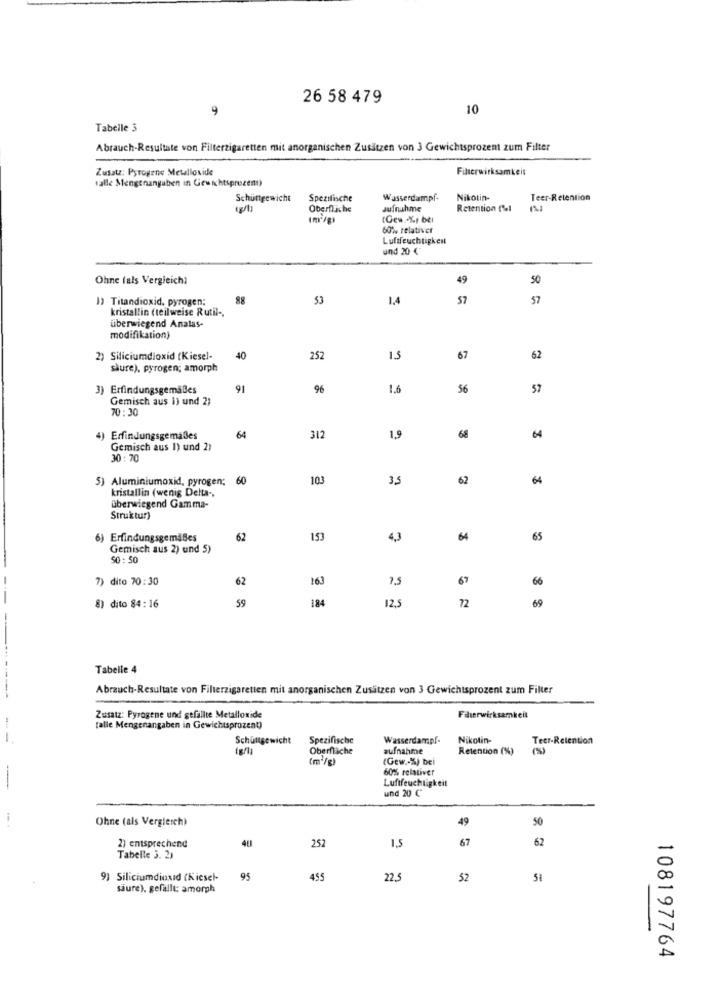
26 58 479
9
10
Tabelle 3
Abrauch-Resultate von Filterzigaretten mit anorganischen Zusätzen von 3 Gewichtsprozent zum Filter
Zusatz: Pyrogene Metallovide
Filterwirksamkeit
salle Mengenangaben in Gewichtsprozent)
Schüttgewicht
Spezifische
Wasserdampf-
Nikotin-
Teer-Retention
Oberfläche
Jufnuhme
Retention (%1
60% relativer
Luftfeuchtigkeit
und 20 ("
Ohne fals Vergleich)
49
50
I> Titandioxid, pyrogen;
88
1,4
57
57
kristallin (teilweise Rutil -,
überwiegend Analas-
modifikation)
2) Siliciumdioxid (Kiesel-
40
252
15
67
62
shure), pyrogen; amorph
3) Erfindungsgemäßes
91
96
1.6
56
57
Gemisch aus i) und 2;
70:30
4) Erfindungsgemäßes
64
312
1,9
68
64
Gemisch aus 1) und 21
30 :70
5) Aluminiumoxid, pyrogen; 60
103
35
62
64
kristallin (wenig Delta -,
überwiegend Gamma-
Struktur)
6) Erfindungsgemäßes
62
153
4,3
64
65
Gemisch aus 2) und 5)
50: 50
7) dito 70:30
62
163
7,5
67
66
59
184
72
8) dito 84:16
12.5
69
Tabelle 4
Abrauch-Resultate von Filterzigaretten mit anorganischen Zusätzen von 3 Gewichtsprozent zum Filter
Zusatz: Pyrogene und gefällte Metalloxide
Filterwirksamkeit
talle Mengenangaben in Gewichtsprozent)
Schumgewicht
Spezifische
Wasserdampf-
Nikotin-
Teer-Retention
Oberfläche
aufnahme
Retention (%)
(m/g)
(Gew. %) bei
60% relativer
---
Luftfeuchtigkeit
und 20 C
Ohne (als Vergleich)
49
50
252
1.5
67
62
2) entsprechend
40
Tabelle 3. 21
9) Siliciumdioxid (Kiesel-
95
455
22.5
52
51
säure), gefällt: amorph
108197764